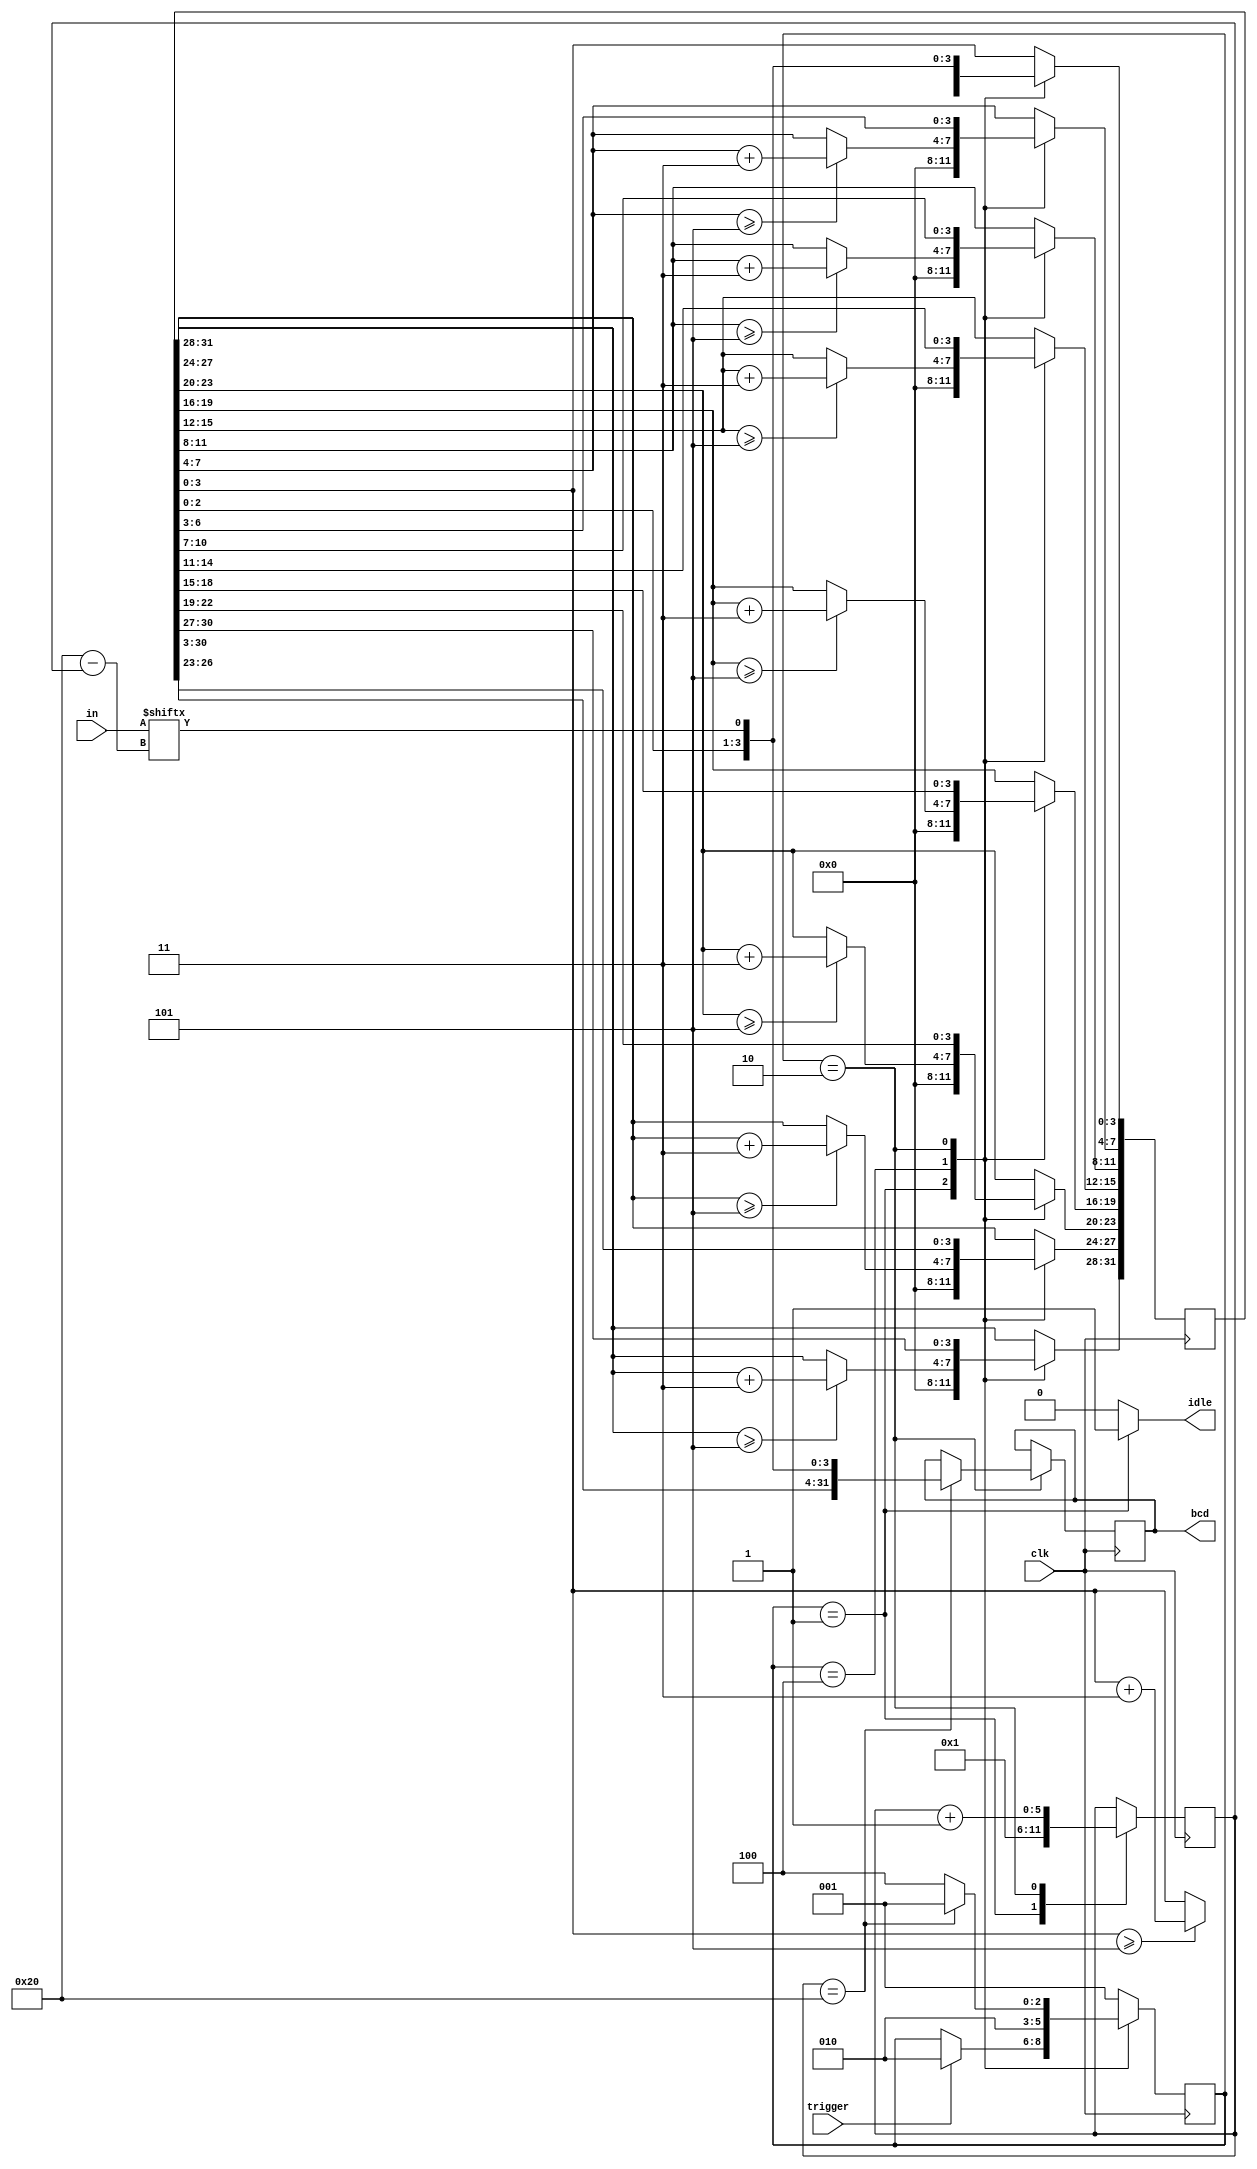
module unsigned_to_bcd
(
	input clk,            
	input trigger,        
	input [31:0] in,      
	output reg idle,      
	output reg [31:0] bcd 
);
	localparam S_IDLE  = 'b001;
	localparam S_SHIFT = 'b010;
	localparam S_ADD3  = 'b100;
	reg [2:0] state, state_next; 
	reg [31:0] shift, shift_next;
	reg [31:0] bcd_next;
	localparam COUNTER_MAX = 32;
	reg [5:0] counter, counter_next; 
	always @(*) begin
		state_next = state;
		shift_next = shift;
		bcd_next = bcd;
		counter_next = counter;
		idle = 1'b0; 
		case (state)
		S_IDLE: begin
			counter_next = 'd1;
			shift_next = 'd0;
			idle = 1'b1;
			if (trigger) begin
				state_next = S_SHIFT;
			end
		end
		S_ADD3: begin
			if (shift[31:28] >= 5)
				shift_next[31:28] = shift[31:28] + 4'd3;
			if (shift[27:24] >= 5)
				shift_next[27:24] = shift[27:24] + 4'd3;
			if (shift[23:20] >= 5)
				shift_next[23:20] = shift[23:20] + 4'd3;
			if (shift[19:16] >= 5)
				shift_next[19:16] = shift[19:16] + 4'd3;
			if (shift[15:12] >= 5)
				shift_next[15:12] = shift[15:12] + 4'd3;
			if (shift[11:8] >= 5)
				shift_next[11:8] = shift[11:8] + 4'd3;
			if (shift[7:4] >= 5)
				shift_next[7:4] = shift[7:4] + 4'd3;
			if (shift[3:0] >= 5)
				shift_next[3:0] = shift[3:0] + 4'd3;
			state_next = S_SHIFT;
		end
		S_SHIFT: begin
			shift_next = {shift[30:0], in[COUNTER_MAX - counter_next]};
			if (counter == COUNTER_MAX) begin
				bcd_next = shift_next;
				state_next = S_IDLE;
			end else
				state_next = S_ADD3;
			counter_next = counter + 'd1;
		end
		default: begin
			state_next = S_IDLE;
		end
		endcase
	end
	always @(posedge clk) begin
		state <= state_next;
		shift <= shift_next;
		bcd <= bcd_next;
		counter <= counter_next;
	end
endmodule